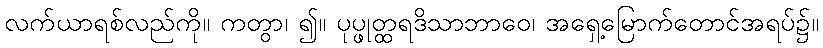
လက်ယာရစ်လည်ကို။ ကတွာ၊ ၍။ ပုပ္ဖုတ္ထရဒိသာဘာဝေ၊ အရှေ့မြောက်တောင်အရပ်၌။